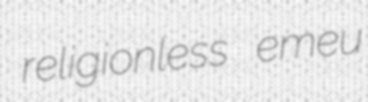
religionless emeu